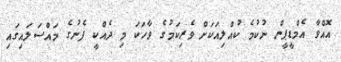
އޮއްވާ އެމްޑީޕީން ނުކުމެ ކުއްލިއަކަށް ވެރިކަމުގެ ވާހަކަ މި ދެއްކީ ފެނުގެ މައްސަލައިގައި